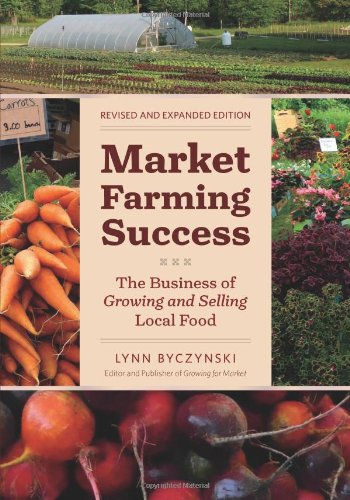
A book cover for Market Farming Success: The Business of Growing and Selling Local Food, 2nd Editon; Lynn Byczynski; Crafts, Hobbies & Home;